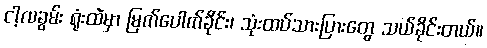
ငါ့လခွမ်း ရုံးထဲမှာ မြက်ပေါက်ခိုင်း၊ သုံးထပ်သားပြားတွေ သယ်ခိုင်းတယ်။